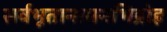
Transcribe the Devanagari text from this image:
सर्वभूतानामनभिद्रोह